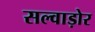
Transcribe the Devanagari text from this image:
सल्वाड़ोर